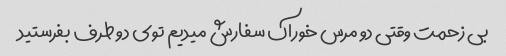
بی زحمت وقتی دو مرس خوراک سفارش میدیم توی دو طرف بفرستید